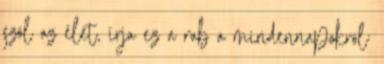
szól az élet, írja ez a rab a mindennapokról: